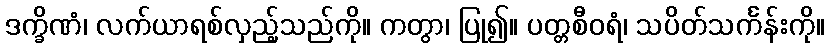
ဒက္ခိဏံ၊ လက်ယာရစ်လှည့်သည်ကို။ ကတွာ၊ ပြု၍။ ပတ္တစီဝရံ၊ သပိတ်သင်္ကန်းကို။